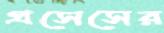
প্রসেসের